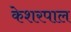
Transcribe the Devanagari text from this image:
केशरपाल